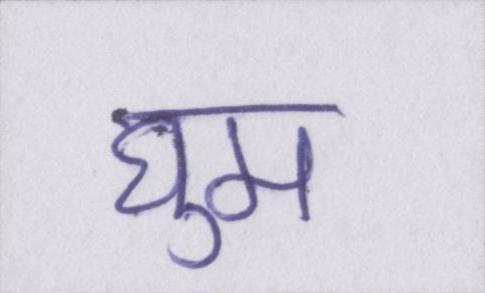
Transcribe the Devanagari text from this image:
घुम